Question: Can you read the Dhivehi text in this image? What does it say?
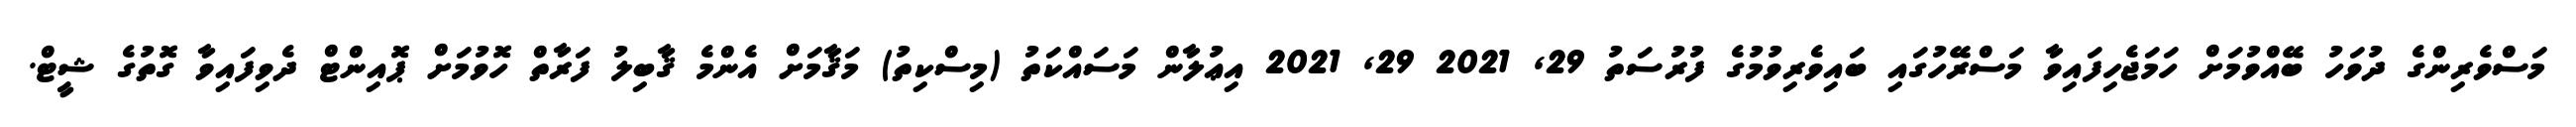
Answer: މަސްވެރިންގެ ދުވަހު ބޭއްވުމަށް ހަމަޖެހިފައިވާ މަސްރޭހުގައި ބައިވެރިވުމުގެ ފުރުސަތު 29, 2021 29, 2021 އިޢުލާން މަސައްކަތު (މިސްކިތު) މަޤާމަށް އެންމެ ޤާބިލު ފަރާތް ހޮވުމަށް ޕޮއިންޓް ދެވިފައިވާ ގޮތުގެ ޝީޓް.